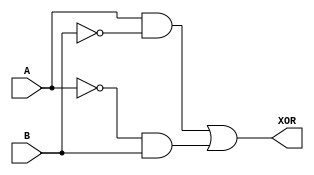
module XOR_gate(input A, B, output XOR);
  wire not_A, not_B;

  // CMOS transmission gates
  assign not_A = ~A;
  assign not_B = ~B;

  // XOR function using CMOS transmission gates
  assign XOR = (A & not_B) | (not_A & B);

endmodule